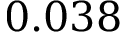
0 . 0 3 8